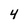
Character: 4